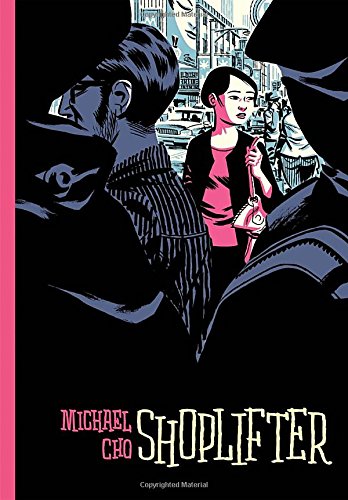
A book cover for Shoplifter; Michael Cho; Comics & Graphic Novels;